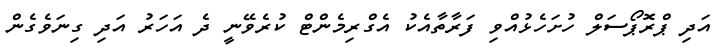
އަދި ޕްރޮޕޯސަލް ހުށަހެޅުއްވި ފަރާތާއެކު އެގްރިމެންޓް ކުރެވޭނީ ދެ އަހަރު އަދި ގިނަވެގެން